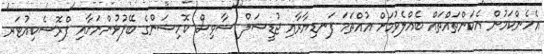
އެހެންކަމުން އެކަންތައްތައް ބެއްލެވުމަށް އުއްތަމަ ފަނޑިޔާރާއި ޖުޑީޝަލް ސާވިސް ކޮމިޝަންގެ ބޭފުޅުންނަށާއި ޕްރޮސެކިއުޓަރ